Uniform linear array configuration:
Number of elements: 4
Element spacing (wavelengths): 0.5
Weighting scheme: blackman
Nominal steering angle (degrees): -30
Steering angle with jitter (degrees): -31.103
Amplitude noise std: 0.05
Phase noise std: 0.05

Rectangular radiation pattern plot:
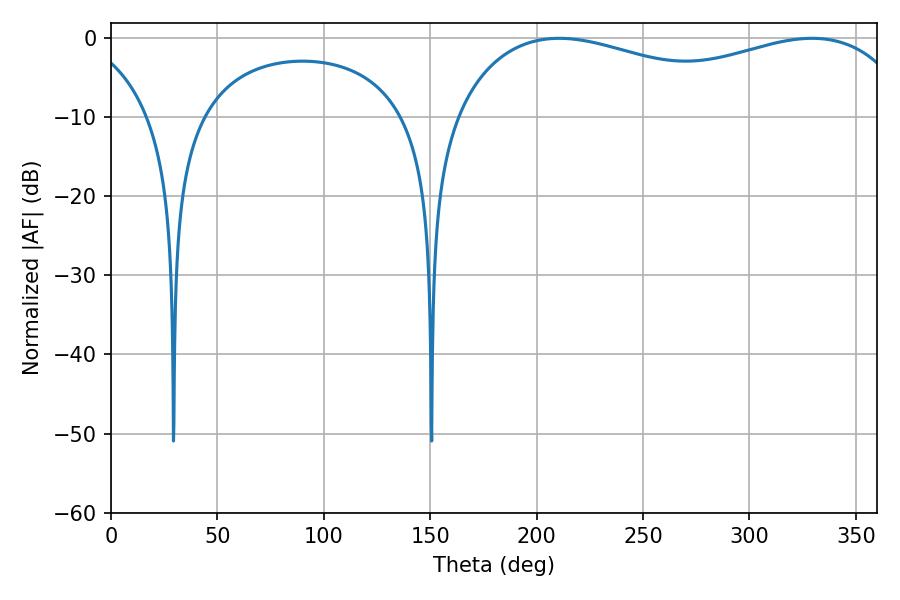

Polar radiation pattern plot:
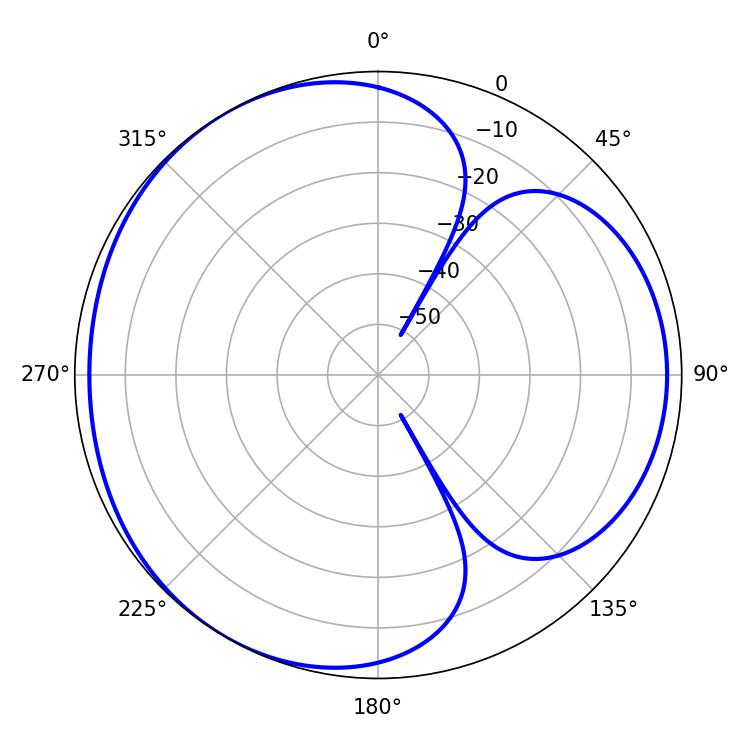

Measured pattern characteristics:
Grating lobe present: FALSE
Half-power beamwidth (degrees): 178.92
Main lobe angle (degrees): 210.6